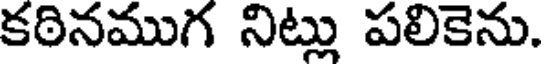
కఠినముగ నిట్లు పలికెను.